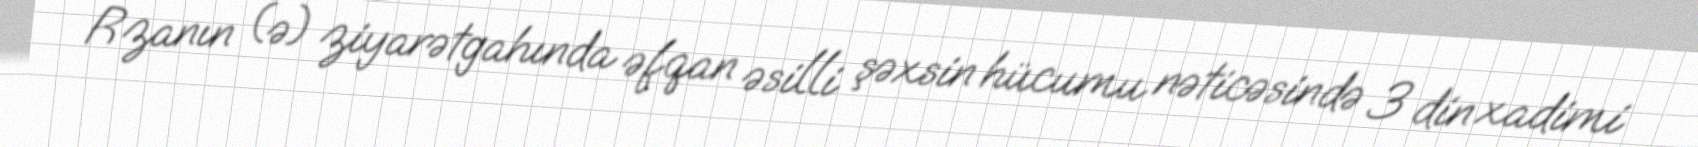
Rzanın (ə) ziyarətgahında əfqan əsilli şəxsin hücumu nəticəsində 3 din xadimi